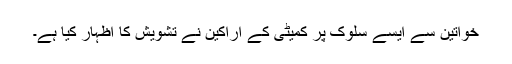
خواتین سے ایسے سلوک پر کمیٹی کے اراکین نے تشویش کا اظہار کیا ہے۔